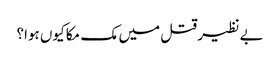
بے نظیر قتل میں مک مکا کیوں ہوا؟